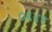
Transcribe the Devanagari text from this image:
०६४९